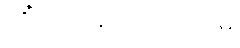
တိံသကပ္ပသဟဿမှိ